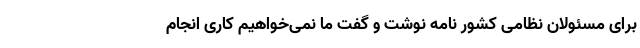
برای مسئولان نظامی کشور نامه نوشت و گفت ما نمی‌خواهیم کاری انجام